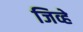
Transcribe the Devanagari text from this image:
जिव्हे